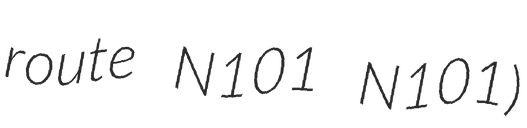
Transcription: route N101 N101)